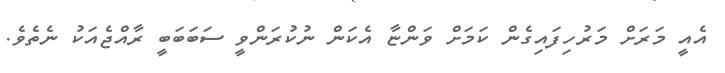
އެއީ މަރަށް މަރުހިފައިގެން ކަމަށް ވަންޏާ އެކަން ނުކުރަންވީ ސަބަބަބީ ރާއްޖެއަކު ނެތެވެ.